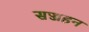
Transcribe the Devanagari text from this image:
सज्जहन